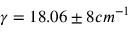
\gamma = 1 8 . 0 6 \pm 8 c m ^ { - 1 }